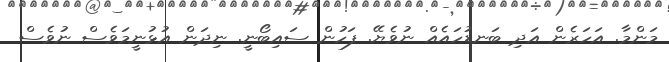
މަންމާ. އަހަރެން އަދި ބަނޑުހައެއް ނުވެޔޭ. ފަހުން ސައިބޯނީ. ނިދަން އުޅުނީމަވެސް ނުވެސް